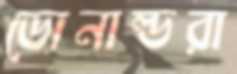
ডোনাল্ডরা